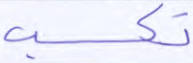
تكسب